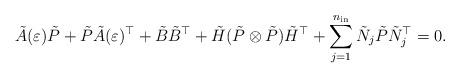
LaTeX: \begin{align*} \tilde{A}(\varepsilon) \tilde{P} + \tilde{P} \tilde{A}(\varepsilon)^\top + \tilde{B} \tilde{B}^\top + \tilde{H} (\tilde{P} \otimes \tilde{P} ) \tilde{H}^\top + \displaystyle \sum_{j=1}^{n_{\rm in}} \tilde{N}_j \tilde{P} \tilde{N}_j^\top = 0 .\end{align*}